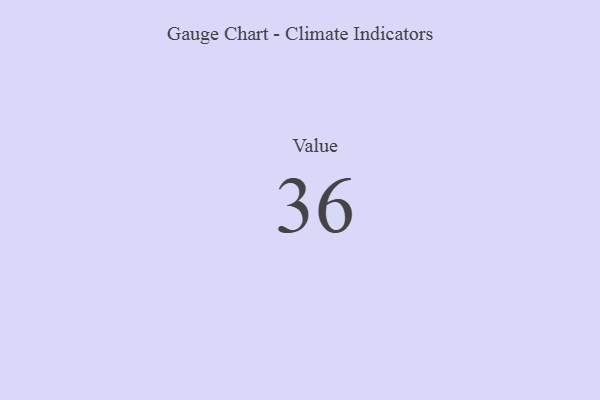
{"axis": {"x": "Metric", "y": "Value"}, "legend": [""], "data": [{"x": "Value", "y": 36, "type": ""}]}